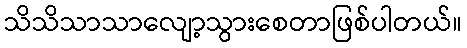
သိသိသာသာလျော့သွားစေတာဖြစ်ပါတယ်။